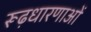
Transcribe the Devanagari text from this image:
रूढ़धारणाओं